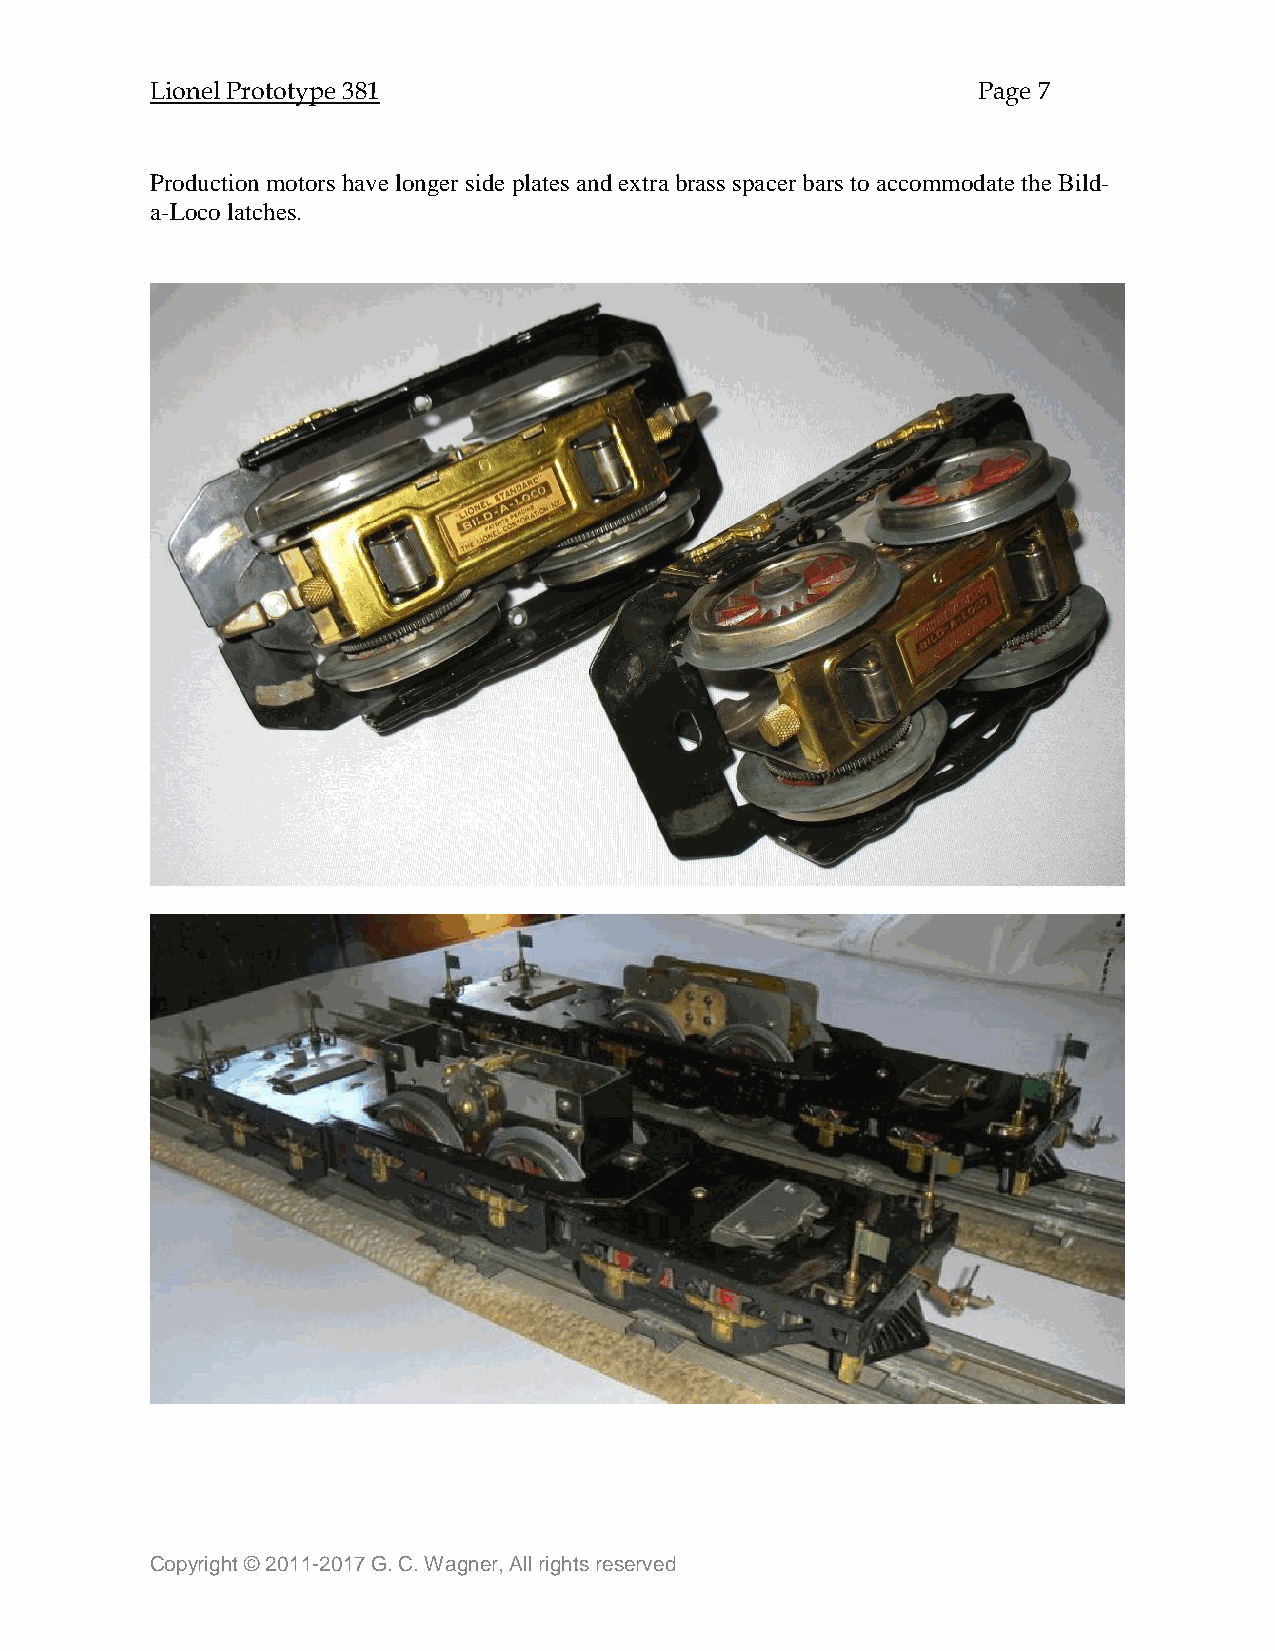
Lionel Prototype 381                                   Page 7
 Production motors have longer side plates and extra brass spacer bars to accommodate the Bild-
 a-Loco latches.
 Copyright © 2011-2017 G. C. Wagner, All rights reserved